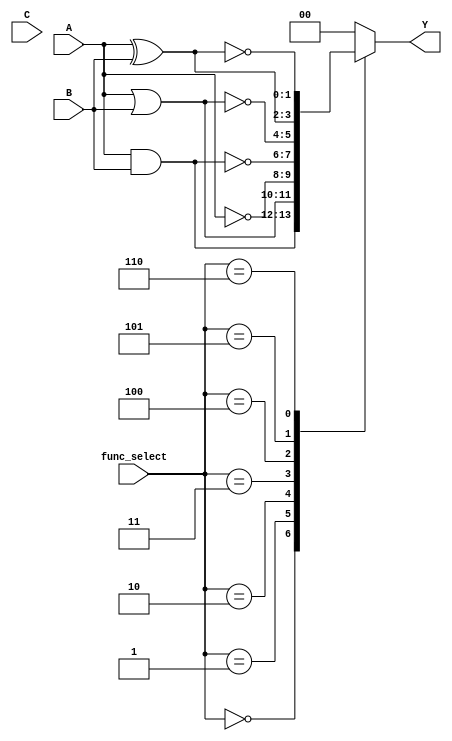
module combinational_logic_block (
    input wire [1:0] A,  // 2-bit input A
    input wire [1:0] B,  // 2-bit input B
    input wire [1:0] C,  // 2-bit input C (optional, can be expanded)
    input wire [2:0] func_select, // Function selector
    output reg [1:0] Y   // 2-bit output
);

    // Function selector encoding
    // 000 - AND
    // 001 - OR
    // 010 - NOT (applies to A)
    // 011 - NAND
    // 100 - NOR
    // 101 - XOR
    // 110 - XNOR
    // 111 - Reserved for future use

    always @(*) begin
        case (func_select)
            3'b000: Y = A & B;          // AND
            3'b001: Y = A | B;          // OR
            3'b010: Y = ~A;             // NOT (only A)
            3'b011: Y = ~(A & B);       // NAND
            3'b100: Y = ~(A | B);       // NOR
            3'b101: Y = A ^ B;          // XOR
            3'b110: Y = ~(A ^ B);       // XNOR
            default: Y = 2'b00;         // Default case
        endcase
    end

endmodule